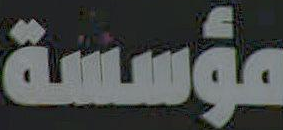
مؤسسة